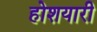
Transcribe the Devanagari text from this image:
होशयारी